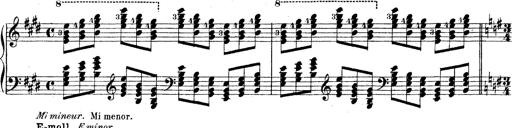
Title: Technische Studien
Composer: Franz Liszt